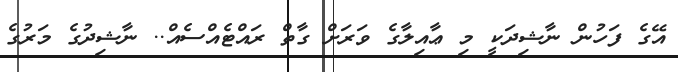
އޭގެ ފަހުން ނާޝިދަކީ މި ޢާއިލާގެ ވަރަށް ގާތް ރައްޓެއްސެއް.. ނާޝިދުގެ މަރުގެ